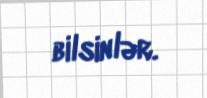
bilsinlər.